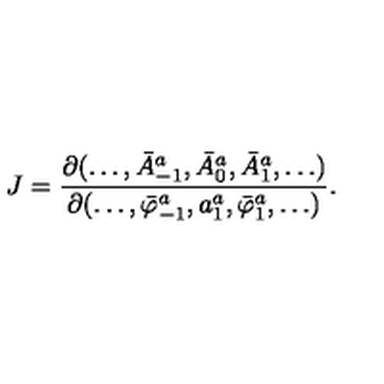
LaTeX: J = \frac { \partial ( \ldots , \bar { A } _ { - 1 } ^ { a } , \bar { A } _ { 0 } ^ { a } , \bar { A } _ { 1 } ^ { a } , \ldots ) } { \partial ( \ldots , \bar { \varphi } _ { - 1 } ^ { a } , a _ { 1 } ^ { a } , \bar { \varphi } _ { 1 } ^ { a } , \ldots ) } .